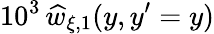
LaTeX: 10^{3}\, \widehat{w}_{\xi,1}(y,y^{\prime}=y)